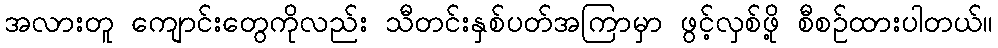
အလားတူ ကျောင်းတွေကိုလည်း သီတင်းနှစ်ပတ်အကြာမှာ ဖွင့်လှစ်ဖို့ စီစဉ်ထားပါတယ်။